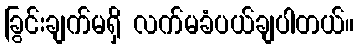
ခြွင်းချက်မရှိ လက်မခံပယ်ချပါတယ်။